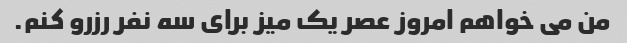
من می خواهم امروز عصر یک میز برای سه نفر رزرو کنم.